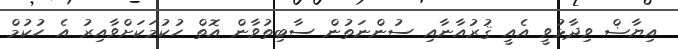
އިޔާޟް ވިދާޅުވީ އެއީ ޤުރުއާނާއި ސުންނަތުން ސާބިތުވާން އޮތް ހުކުމަކަށްވާއިރު އެ ހުކުމް